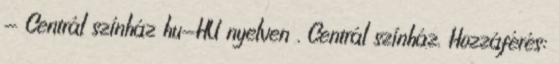
- Centrál színház hu-HU nyelven . Centrál színház. Hozzáférés: